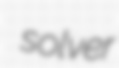
solver